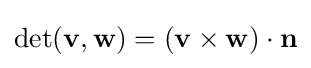
\mathrm {det} ({\mathbf {v} },{\mathbf {w} })=({\mathbf {v} }\times {\mathbf {w} })\cdot {\mathbf {n} }